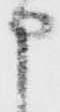
申